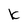
Character: K